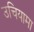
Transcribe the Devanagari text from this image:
उचियामा